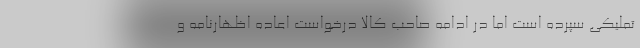
تملیکی سپرده است اما در ادامه صاحب کالا درخواست اعاده اظهارنامه و